Report of the Municipal Commissioner on the plague in Bombay for the year ending 31st May... - Volume 2
Disease focus: Plague
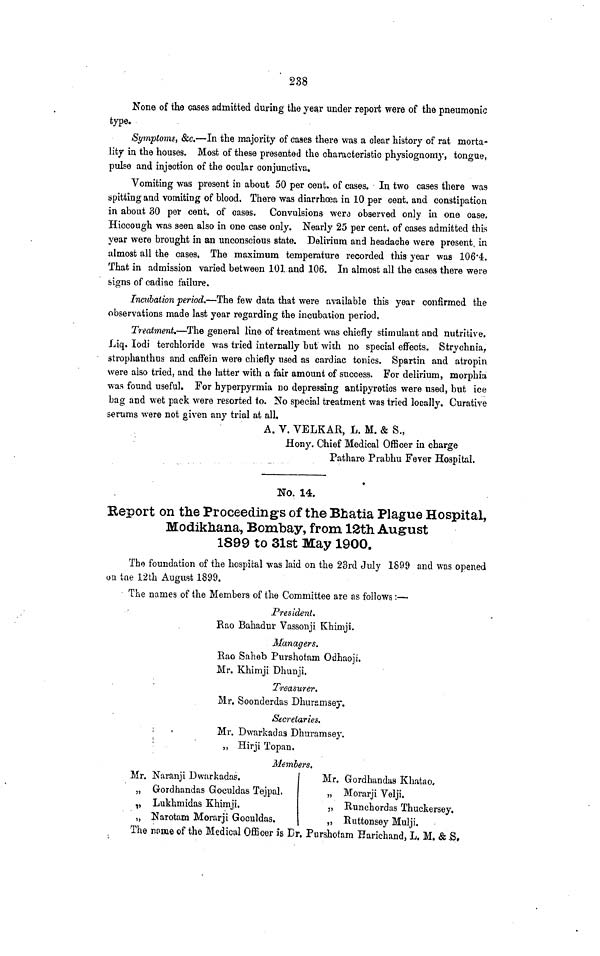
238
None of the cases admitted during the yea.r under report were of the pneumonic
type.
Symptoms, &c.—In the majority of cases there was a clear history of rat morta-
lity iu the houses. Most of these presented the characteristic physiognomy, tongue,
pulse and injection of the ocular conjunctiva.
Vomiting was present in about 50 per cent, of cases. In two cases there was
spitting and vomiting of blood. There was diarrhoea in 10 per cent, and constipation
in about 30 per cent, of cases. Convulsions were observed only in one case.
Hiccough was seen also in one case only. Nearly 25 per cent, of cases admitted this
year were brought in an unconscious state. Delirium and headache were present, in
almost all the cases. The maximum temperature recorded this year was 106*4.
That in admission varied between 101 and 106. In almost all the cases there were
signs of cadiac failure.
Incubation period.—The few data that were available this year confirmed the
observations made last year regarding the incubation period.
Treatment.—The general line of treatment was chiefly stimulant and nutritive.
Liq. lodi terchloride was tried internally but with no special effects. Strychnia,
strophanthus and caffein were chiefly used as cardiac tonics. Spartin and atropin
were also tried, and the latter with a fair amount of success. For delirium, morphia
was found useful. For hyperpyrmia no depressing antipyretics were used, but ice
bag and wet pack were resorted to. No special treatment was tried locally. Curative
serums were not given any trial at all.
A. V. VELKAR, L. M. & S.,
Hony. Chief Medical Officer in charge
Pathare Prabhu Fever Hospital.
No. 14.
Report on the Proceedings of the Bhatia Plague Hospital,
Modikhana, Bombay, from 12th August
1899 to 31st May 1900.
The foundation of the hospital was laid on the 23rd July 1899 and was opened
ou tne 12th August 1899.
The names of the Members of the Committee are as follows :—-
President.
Rao Bahadur Vassonji Khimji.
Managers.
Rao Saheb Purshotam Odhaoji.
Mr, Khimji Dhunji.
Treasurer.
Mr. Soonderdas Dhuramsey.
Secretaries.
Mr. Dwarkadas Dhuramsey.
„ Hirji Topan.
Members.
Mr. Naranji Dwarkadas.
„ Gordhandas Goculdas Tejpal.
„ Lukhmidas Khimji.
„ Narotam Morarji Goculdas.
The name of the Medical Officer is Di
Mr. Gordhandas Khatao,
„ Morarji Velji.
„ Runchordas Thuckersey.
,, Ruttonsey Mulji.
•, Pnrshotam Harichand, L. M. & -S,